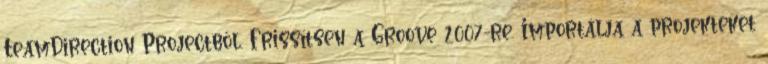
TeamDirection Projectből. Frissítsen a Groove 2007-re. Importálja a projekteket